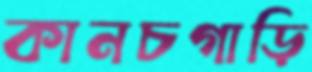
কানচগাড়ি